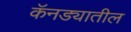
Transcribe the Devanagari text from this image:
कॅनड्यातील